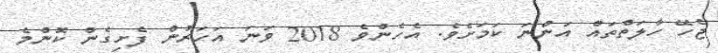
ޖެހޭ ހާލަތްތައް އަންނަ ކަމަށެވެ. އެހެންވެ 2018 ވަނަ އަހަރުން ފެށިގެން ކޮންމެ